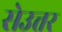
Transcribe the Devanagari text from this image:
सेउत्तर